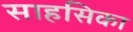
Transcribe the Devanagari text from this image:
साहसिका